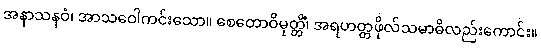
အနာသနဝံ၊ အာသဝေါကင်းသော။ စေတောဝိမုတ္တိံ၊ အရဟတ္တဖိုလ်သမာဓိလည်းကောင်း။